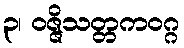
၃၊ ဝဇ္ဇိသတ္တကဝဂ္ဂ